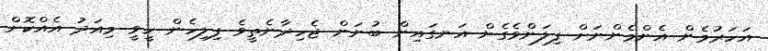
އަހަރުމެން އެންމެންނަށް ފިލަންވެގެން އަނގައިން ބުނަން ޖެހިދާނެތީވެ ފިލިހެން ހީވީ މިއަދު އެއްކޮށް